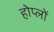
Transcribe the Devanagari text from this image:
होप्लों